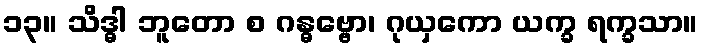
၁၃။ သိဒ္ဓါ ဘူတော စ ဂန္ဓဗ္ဗော၊ ဂုယှကော ယက္ခ ရက္ခသာ။